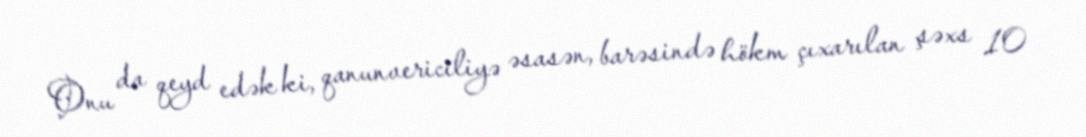
Onu da qeyd edək ki, qanunvericiliyə əsasən, barəsində hökm çıxarılan şəxs 10